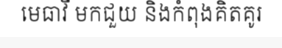
មេធាវី មកជួយ និងកំពុងគិតគូរ